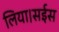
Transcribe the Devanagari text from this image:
लिया।सईस